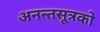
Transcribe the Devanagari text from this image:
अनन्तसूत्रको